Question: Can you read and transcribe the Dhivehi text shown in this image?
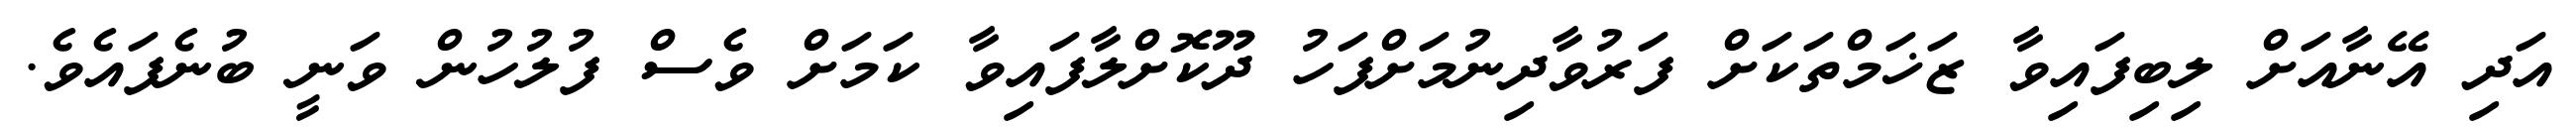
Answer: އަދި އޭނާއަށް ލިބިފައިވާ ޒަޚަމްތަކަށް ފަރުވާދިނުމަށްފަހު ދޫކޮށްލާފައިވާ ކަމަށް ވެސް ފުލުހުން ވަނީ ބުނެފައެވެ.